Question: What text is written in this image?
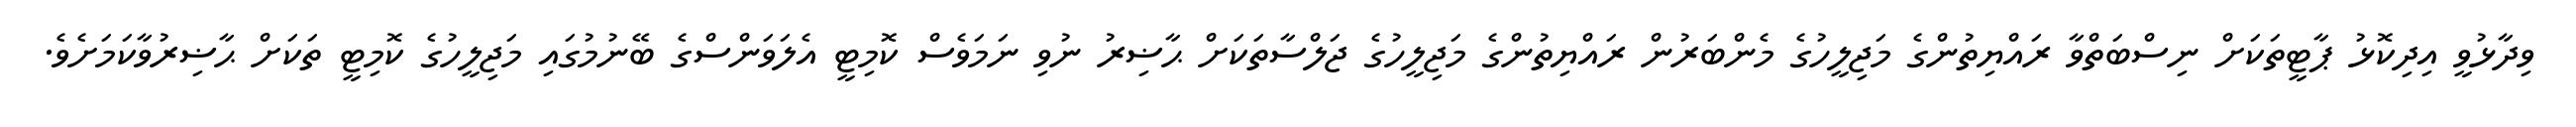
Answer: ވިދާޅުވީ އިދިކޮޅު ޕާޓީތަކަށް ނިސްބަތްވާ ރައްޔިތުންގެ މަޖިލީހުގެ މެންބަރުން ރައްޔިތުންގެ މަޖިލީހުގެ ޖަލްސާތަކަށް ޙާޟިރު ނުވި ނަމަވެސް ކޮމިޓީ އެލަވަންސްގެ ބޭނުމުގައި މަޖިލީހުގެ ކޮމިޓީ ތަކަށް ޙާޟިރުވާކަމަށެވެ.